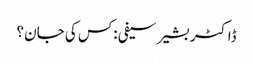
ڈاکٹر بشیر سیفی :کس کی جان ؟